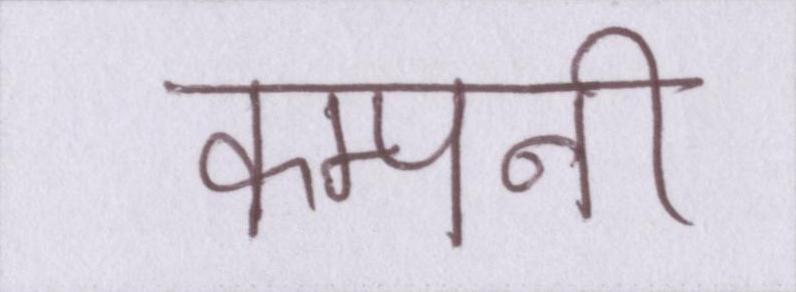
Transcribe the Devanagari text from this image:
कम्पनी